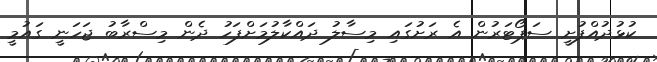
ކުޅުދުއްފުށީ ސަޕޯޓަރުން އެ ރަށުގައި މިސާލު ދައްކާލުމަށްފަހު ދެން މިސްރާބު ޖަހަނީ ގައުމީ